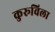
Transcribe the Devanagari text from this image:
कुरूविला